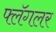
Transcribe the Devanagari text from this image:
फ्लॅगलर